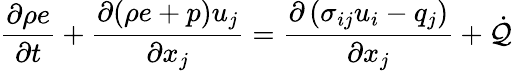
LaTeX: \frac{\partial\rho e}{\partial t}+\frac{\partial(\rho e+p)u_{j}}{\partial x_{j}}=\frac{\partial\left(\sigma_{ij}u_{i}-q_{j}\right)}{\partial x_{j}}+\dot{\mathcal{Q}}